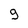
Character: 9